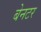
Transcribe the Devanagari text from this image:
बेनटर